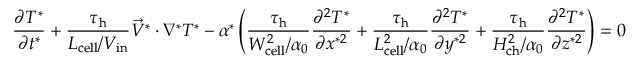
\frac { \partial T ^ { * } } { \partial t ^ { * } } + \boldsymbol { \frac { \tau _ { \mathrm { h } } } { L _ { \mathrm { c e l l } } / V _ { \mathrm { i n } } } } \vec { V } ^ { * } \cdot \nabla ^ { * } T ^ { * } - \alpha ^ { * } \left( \boldsymbol { \frac { \tau _ { \mathrm { h } } } { W _ { \mathrm { c e l l } } ^ { 2 } / \alpha _ { 0 } } } \frac { \partial ^ { 2 } T ^ { * } } { \partial x ^ { * 2 } } + \boldsymbol { \frac { \tau _ { \mathrm { h } } } { L _ { \mathrm { c e l l } } ^ { 2 } / \alpha _ { 0 } } } \frac { \partial ^ { 2 } T ^ { * } } { \partial y ^ { * 2 } } + \boldsymbol { \frac { \tau _ { \mathrm { h } } } { H _ { \mathrm { c h } } ^ { 2 } / \alpha _ { 0 } } } \frac { \partial ^ { 2 } T ^ { * } } { \partial z ^ { * 2 } } \right) = 0